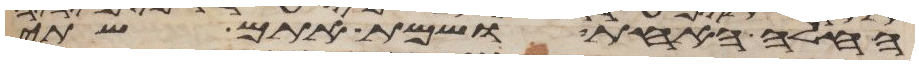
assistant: החלה האחת ושמת אתם שתי